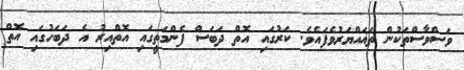
ވަސްވާސްތަކުން ތަޣައްޔަރުވެފައެވެ. ކަރުގައި އޮތް ދަބަސް ފެންމަތީގައި އޮތްއިރު އެ ދަބަހުގައި އޮތް